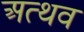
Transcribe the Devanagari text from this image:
अत्थव